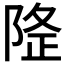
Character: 𨺛